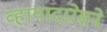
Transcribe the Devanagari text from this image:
व्हायादारेसने